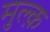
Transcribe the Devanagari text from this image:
मुल्क़